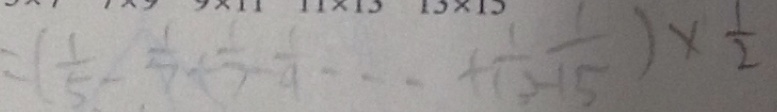
= ( \frac { 1 } { 5 } - \frac { 1 } { 7 } + \frac { 1 } { 7 } - \frac { 1 } { 4 } \cdots + \frac { 1 } { 1 3 } - \frac { 1 } { 1 5 } ) \times \frac { 1 } { 2 }